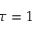
\tau = 1